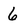
Character: 6